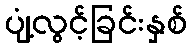
ပျံ့လွင့်ခြင်းနှစ်